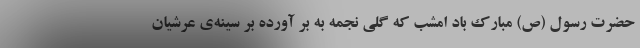
حضرت رسول (ص) مبارک باد امشب که گلی نجمه به بر آورده بر سینه‌ی عرشیان